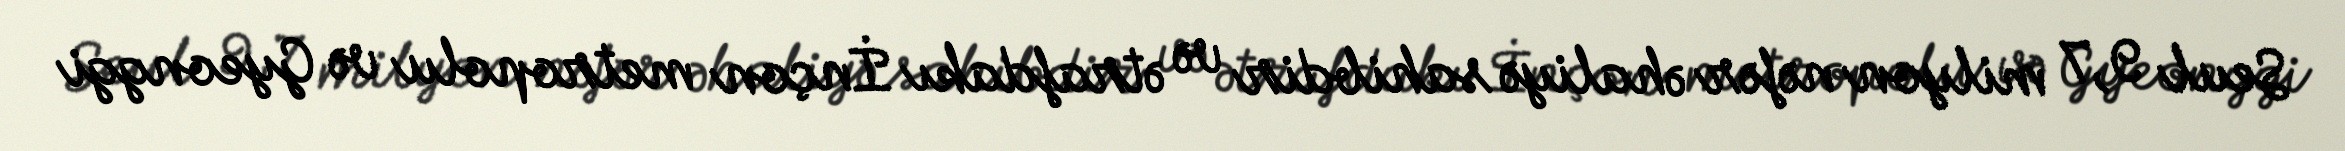
Seul 9,7 milyon nəfər əhaliyə sahibdir və ətrafdakı İnçon metropolu və Gyeonggi